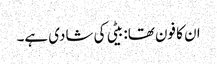
ان کا فون تھا: بیٹی کی شادی ہے۔